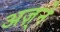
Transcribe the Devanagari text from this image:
अज़्ने